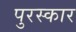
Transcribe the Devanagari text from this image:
पुरस्कार